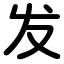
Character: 发